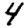
Digit: 4